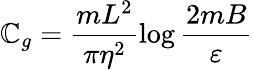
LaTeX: \mathbb{C}_{g}=\frac{{mL^{2}}}{{\pi\eta^{2}}}\log\frac{{2mB}}{{\varepsilon}}